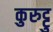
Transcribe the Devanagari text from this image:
कुरुट्टु